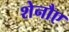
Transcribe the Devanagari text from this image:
शेनौए